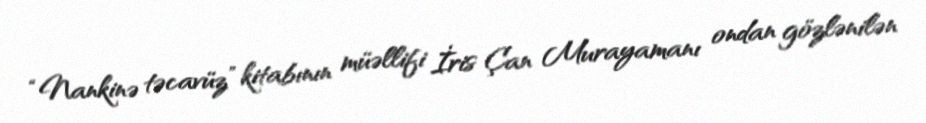
“Nankinə təcavüz” kitabının müəllifi İris Çan Murayamanı ondan gözlənilən